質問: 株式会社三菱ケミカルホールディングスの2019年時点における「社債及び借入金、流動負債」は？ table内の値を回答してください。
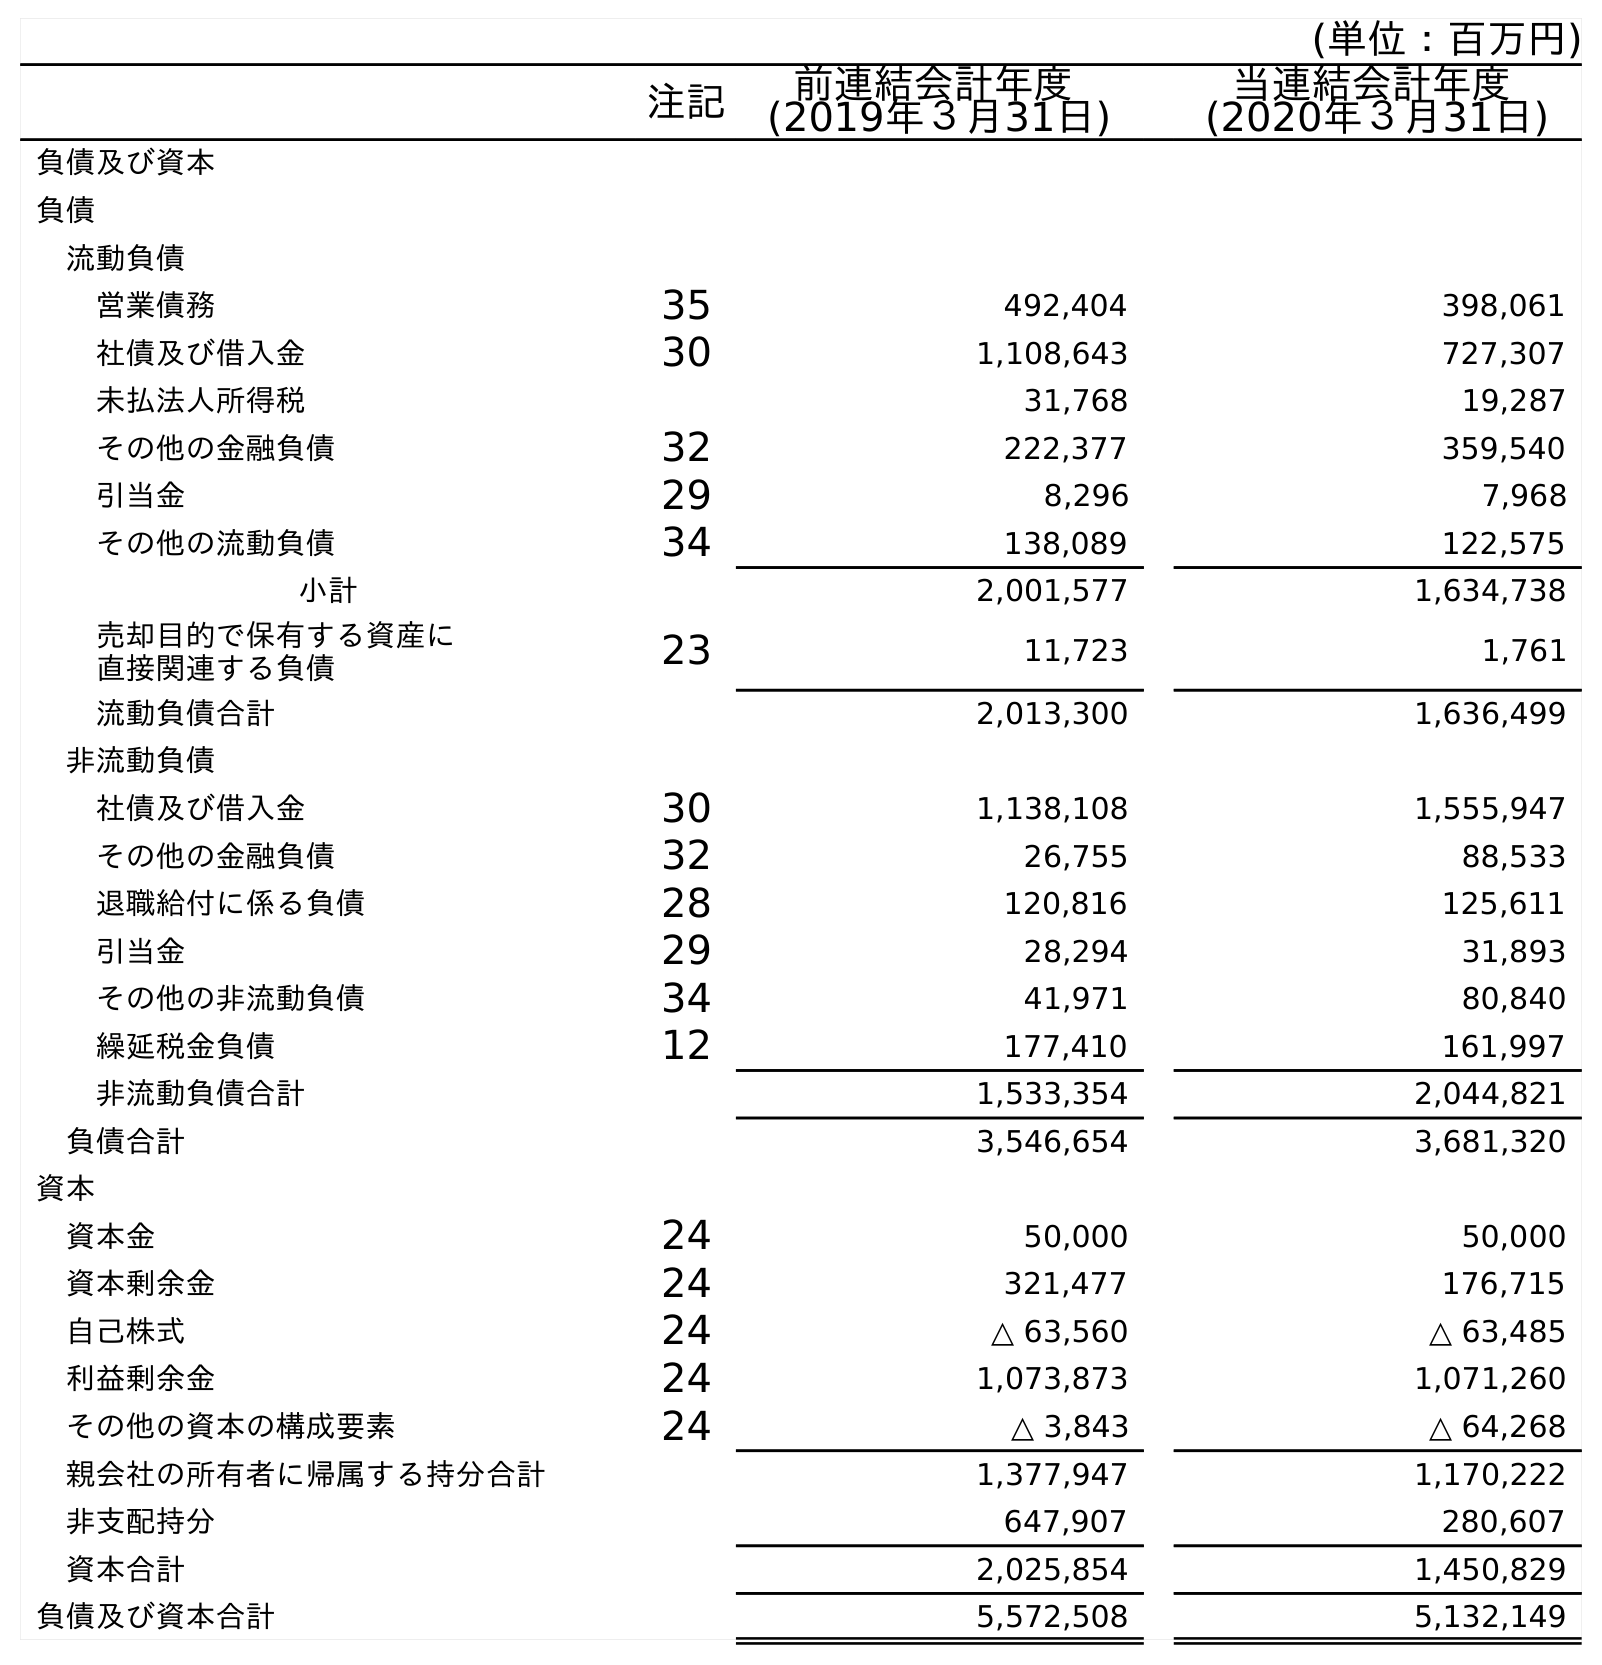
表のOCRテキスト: (単位：百万円) 注記 前連結会計年度 (2019年３月31日) 当連結会計年度 (2020年３月31日) 負債及び資本 負債 流動負債 営業債務 35 492,404 398,061 社債及び借入金 30 1,108,643 727,307 未払法人所得税 31,768 19,287 その他の金融負債 32 222,377 359,540 引当金 29 8,296 7,968 その他の流動負債 34 138,089 122,575 小計 2,001,577 1,634,738 売却目的で保有する資産に 直接関連する負債 23 11,723 1,761 流動負債合計 2,013,300 1,636,499 非流動負債 社債及び借入金 30 1,138,108 1,555,947 その他の金融負債 32 26,755 88,533 退職給付に係る負債 28 120,816 125,611 引当金 29 28,294 31,893 その他の非流動負債 34 41,971 80,840 繰延税金負債 12 177,410 161,997 非流動負債合計 1,533,354 2,044,821 負債合計 3,546,654 3,681,320 資本 資本金 24 50,000 50,000 資本剰余金 24 321,477 176,715 自己株式 24 △ 63,560 △ 63,485 利益剰余金 24 1,073,873 1,071,260 その他の資本の構成要素 24 △ 3,843 △ 64,268 親会社の所有者に帰属する持分合計 1,377,947 1,170,222 非支配持分 647,907 280,607 資本合計 2,025,854 1,450,829 負債及び資本合計 5,572,508 5,132,149
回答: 1,108,643